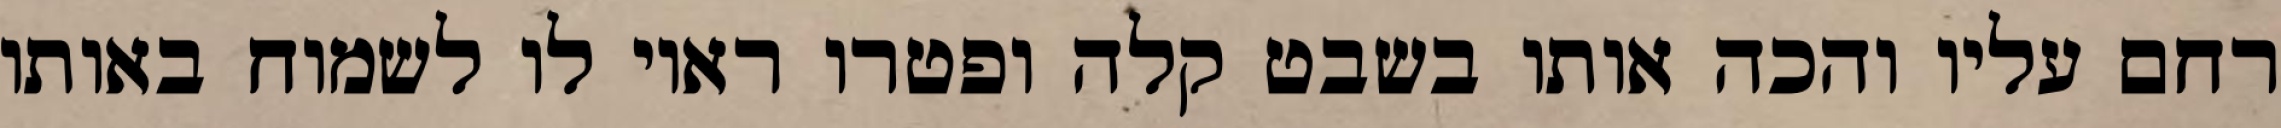
רחם עליו והכה אותו בשבט קלה ופטרו ראוי לו לשמוח באותו